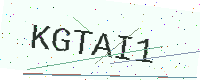
Text: KGTAI1